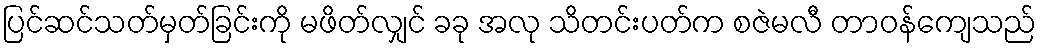
ပြင်ဆင်သတ်မှတ်ခြင်းကို မဖိတ်လျှင် ခခု အလု သိတင်းပတ်က စဇဲမလီ တာဝန်ကျေသည်